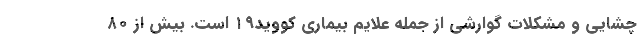
چشایی و مشکلات گوارشی از جمله علایم بیماری کووید۱۹ است. بیش از ۸۰